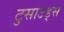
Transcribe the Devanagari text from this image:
टुसाउड्स